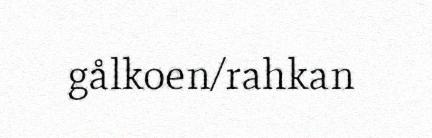
gålkoen/rahkan